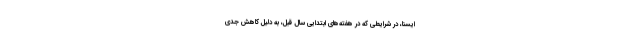
ایسنا، در شرایطی که در هفته‌های ابتدایی سال قبل، به دلیل کاهش جدی